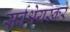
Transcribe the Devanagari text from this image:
सर्वश्रेयस्कर